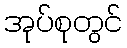
အုပ်စုတွင်